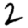
Digit: 2